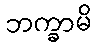
ဘက္ခာမိ